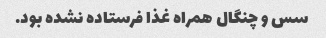
سس و چنگال همراه غذا فرستاده نشده بود.